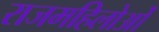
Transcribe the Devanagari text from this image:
राजमहिलोओं